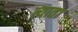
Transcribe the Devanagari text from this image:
त्याता